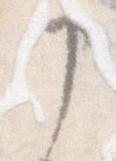
申